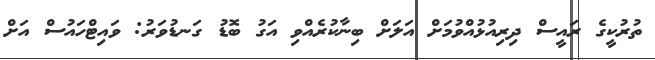
ތުރުކީގެ ރައީސް ދިރިއުޅުއްވުމަށް އަލަށް ބިނާކުރެއްވި އަގު ބޮޑު ގަނޑުވަރު: ވައިޓްހައުސް އަށް